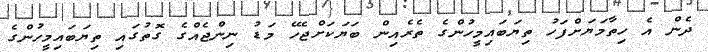
ދެން އެ ހިތާމަޔަށްފަހު ތިޔަބައިމީހުންގެ ތެރެއިން ބަޔަކަށްޖެހޭ މަޑު ނިންޖެއްގެ ގޮތުގައި ތިޔަބައިމީހުންގެ